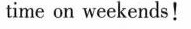
time on weekends!